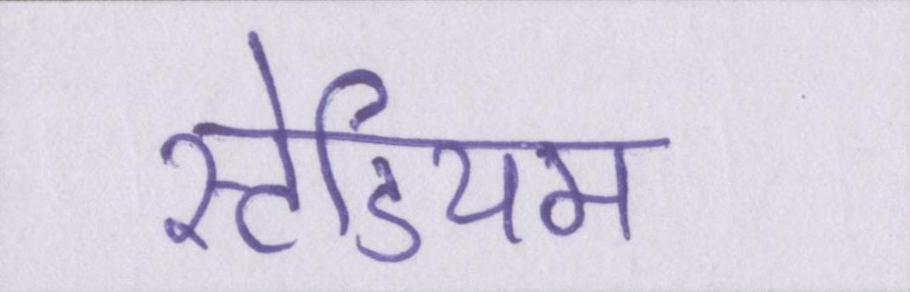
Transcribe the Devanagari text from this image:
स्टेडियम